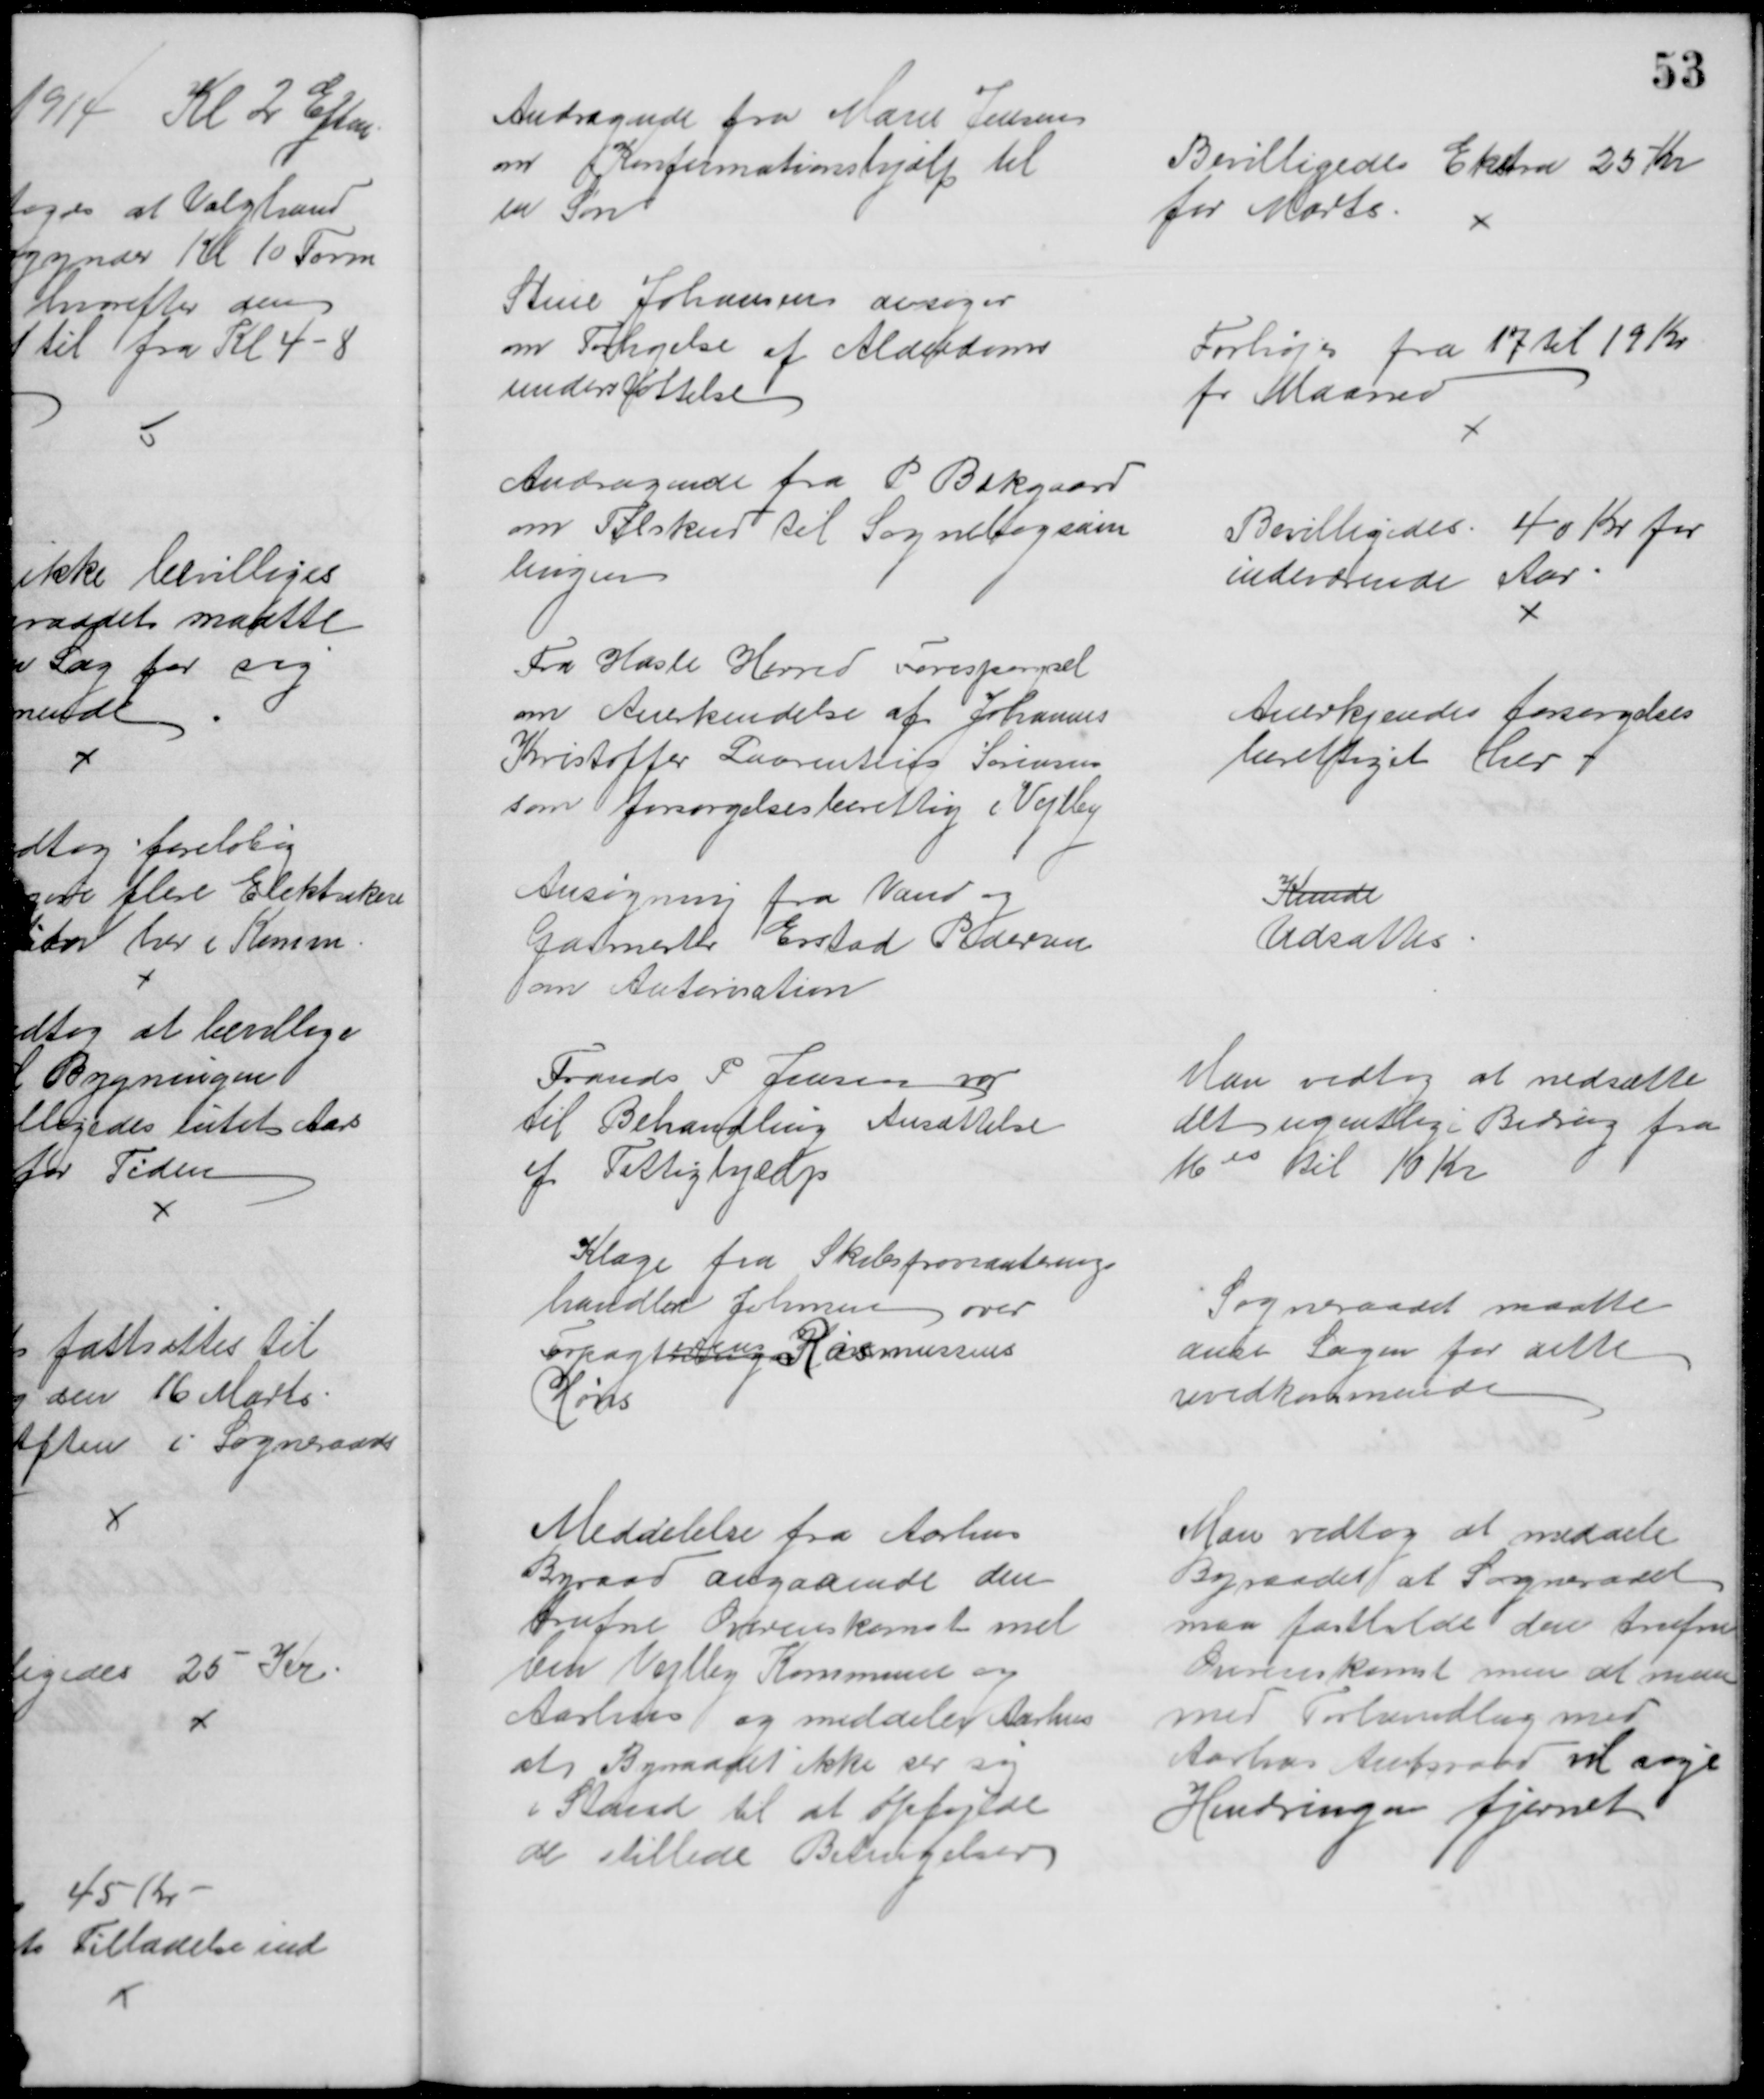
Transskription:
Andragende fra Marie Jensen
om Konfirmationshjælp til
en Søn
Bevilligedes Ekstra 25 Kr
for Marts.
Stine Johansen ansøger
om Forhøjelse af Alderdoms
understøttelse
Forhøjes fra 17 til 19 Kr
pr Maaned
Andragende fra P Bækgaard
om Tilskud til Sognebogsam
lingen
Bevilligedes 40 Kr for
indeværende Aar
Fra Hasle Herred Forespørgsel
om Anerkendelse af Johannes
Kristoffer Laurentius Sørensen
som forsørgelsesberettig i Vejlby
Anerkjendes forsørgelses
berettiget her 
Ansøgning fra Vand og
Gasmester Erstad Pedersen
om Autorisation
Kunde
Udsattes
Frands P. Jensen var
til Behandling Ansættelse
af Fattighjælp
Man vedtog at nedsætte
det ugentlige Bidrag fra
1600 til 10 Kr
Klage fra Skibsprovianterings
handler Johnsen over
Forpagtning
erens
Rasmussens
Høns
Sogneraadet maatte
anse Sagen for dette
uvedkommende
Meddelelse fra Aarhus
Byraad angaaende den
trufne Overenskomst mel
lem Vejlby Kommune og
Aarhus og meddeler Aarhus
at Byraadet ikke ser sig
i Stand til at opfylde
de stillede Betingelser
Man vedtog at meddele
Byraadet at Sogneraadet
maa fastholde den trufne
Overenskomst men at man
med Forhandling med
Aarhus Amtsraad vil søge
Hindringen fjernet.